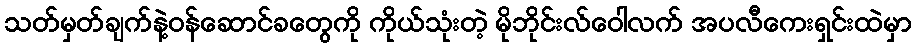
သတ်မှတ်ချက်နဲ့ဝန်ဆောင်ခတွေကို ကိုယ်သုံးတဲ့ မိုဘိုင်းလ်ဝေါလက် အပလီကေးရှင်းထဲမှာ